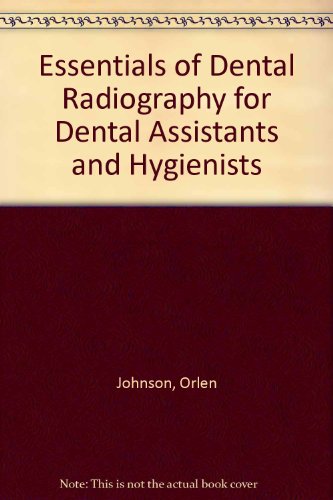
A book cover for Essentials of Dental Radiography for Dental Assistants and Hygienists; Wolf R. De Lyre; Medical Books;